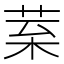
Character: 𦰧